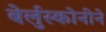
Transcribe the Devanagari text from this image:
बेर्लुस्कोनीने